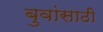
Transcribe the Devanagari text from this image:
बुवांसाठी